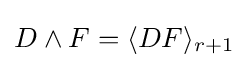
D\wedge F=\langle DF\rangle _{r+1}